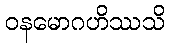
ဝနမောဂဟိဿသိ